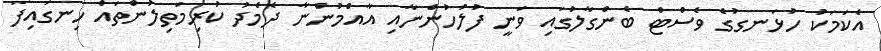
އެކަމަކު ހުޅަނގުގެ ވެސްޓް ބެންގާލުގައި ވަނީ ފުލުހުންނާއި އާއްމުންނާ ދެމެދު ކުރިމަތިލުންތައް ހިނގައިފަ